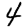
Digit: 4